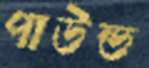
পাউন্ড